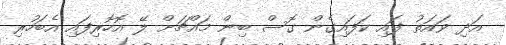
އަދި ވައަތު ފައި ކަފައިގެން ގޮސް ބިން މައްޗަށް ލޭ އޮހޮރިފައި އެބަހުރި